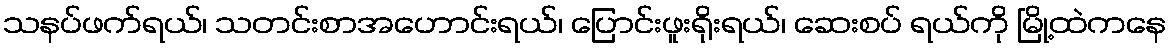
သနပ်ဖက်ရယ်၊ သတင်းစာအဟောင်းရယ်၊ ပြောင်းဖူးရိုးရယ်၊ ဆေးစပ် ရယ်ကို မြို့ထဲကနေ